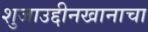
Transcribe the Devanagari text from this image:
शुजाउद्दीनखानाचा